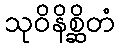
သုဝိနိစ္ဆိတံ